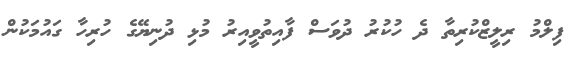
ފިލްމު ރިލީޒްކުރިތާ ދެ ހުކުރު ދުވަސް ފާއިތުވީއިރު މުޅި ދުނިޔޭގެ ހުރިހާ ގައުމަކުން